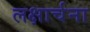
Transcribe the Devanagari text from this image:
लक्षार्चना